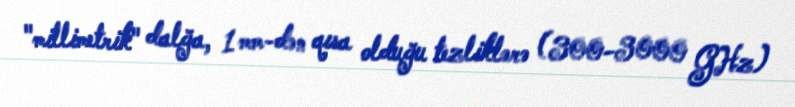
"millimetrik" dalğa, 1 mm-dən qısa olduğu tezliklərə (300-3000 GHz)